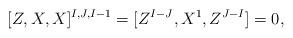
LaTeX: \begin{align*}[Z,X,X]^{I,J,I-1} = [Z^{I-J},X^1,Z^{J-I}] =0,\end{align*}